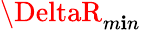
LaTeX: \DeltaR_{m\mathbf{i}n}